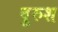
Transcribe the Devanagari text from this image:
वुरुश